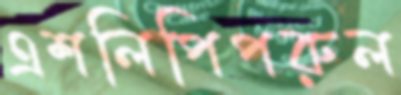
এশলিপিপরুল